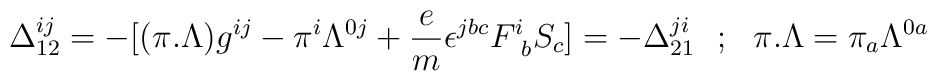
\Delta ^{ij}_{12}=-[(\pi .\Lambda )g^{ij}-\pi ^i\Lambda ^{0j}+{e\over m}\epsilon ^{jbc}F^i_{~b}S_c ]=-\Delta ^{ji}_{21}~~;~~\pi .\Lambda =\pi _a\Lambda ^{0a}